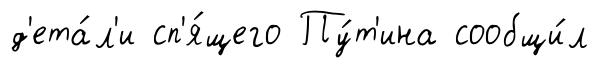
д'ета́л'и сп'я́щего Пу́т'ина сообщи́л